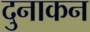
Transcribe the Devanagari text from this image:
दुनाकन